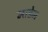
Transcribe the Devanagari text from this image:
माडेम